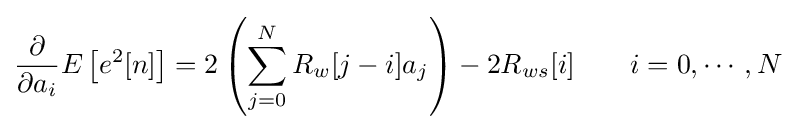
{\frac {\partial }{\partial a_{i}}}E\left[e^{2}[n]\right]=2\left(\sum _{j=0}^{N}R_{w}[j-i]a_{j}\right)-2R_{ws}[i]\qquad i=0,\cdots ,N